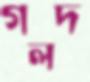
গলদ